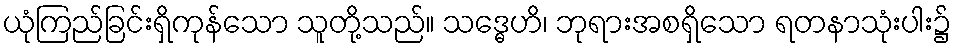
ယုံကြည်ခြင်းရှိကုန်သော သူတို့သည်။ သဒ္ဓေဟိ၊ ဘုရားအစရှိသော ရတနာသုံးပါး၌